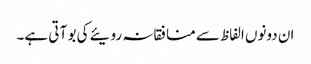
ان دونوں الفاظ سے منافقانہ رویئے کی بو آ تی ہے۔